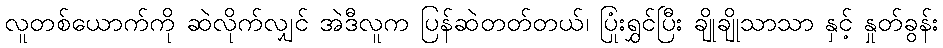
လူတစ်ယောက်ကို ဆဲလိုက်လျှင် အဲဒီလူက ပြန်ဆဲတတ်တယ်၊ ပြုံးရွှင်ပြီး ချိုချိုသာသာ နှင့် နှုတ်ခွန်း